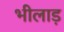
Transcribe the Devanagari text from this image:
भीलाड़